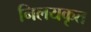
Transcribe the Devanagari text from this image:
निलयकृत